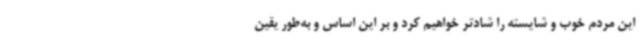
این مردم خوب و شایسته را شادتر خواهیم کرد و بر این اساس و به‌طور یقین